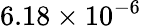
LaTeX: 6.18\times 10^{-6}